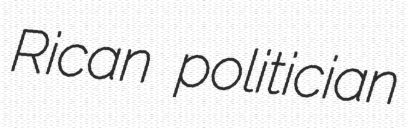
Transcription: Rican politician